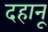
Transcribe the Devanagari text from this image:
दहानू